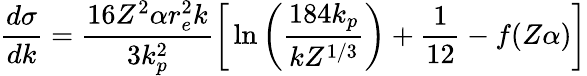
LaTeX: {\frac{d\sigma}{dk}}={\frac{16Z^{2}\alpha r_{e}^{2}k}{3k_{p}^{2}}}\bigg[\ln{\bigg({\frac{184k_{p}}{kZ^{1/3}}}\bigg)}+{\frac{1}{12}}-f(Z\alpha)\bigg]